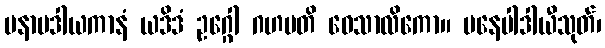
မနာပဒါယကာနံ ယဒိဒံ ဥဂ္ဂေါ ဂဟပတိ ဝေသာလိကော။ မနေပါဒါယီသုတ်၊